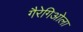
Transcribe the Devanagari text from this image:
गैरेगिओला